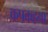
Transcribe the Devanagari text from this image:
कपकहना